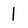
Character: 1